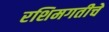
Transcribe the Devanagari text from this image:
रशिमगतीचे